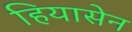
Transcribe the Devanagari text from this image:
हियासेन